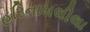
હરિનામલીલા